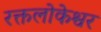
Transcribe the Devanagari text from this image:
रक्तलोकेश्वर